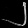
Digit: ၂